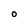
Character: O